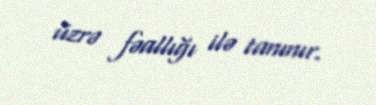
üzrə fəallığı ilə tanınır.